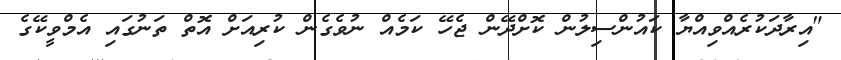
"އިރާދަކުރެއްވިއްޔާ ކައުންސިލުން ކޮށްދޭން ޖެހޭ ކަމެއް ނުވެގެން ކުރިއަށް އޮތް ތަނުގައި އެމްވީކޭގެ